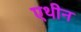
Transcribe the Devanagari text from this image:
एथीन